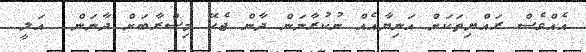
އެއްވެސް ރައްޔިތަކަށް އަނިޔާއެއް ނުކުރާނަން ދާން ޖެހޭ މިސްރާބަށް ދާނަން  އަލީ